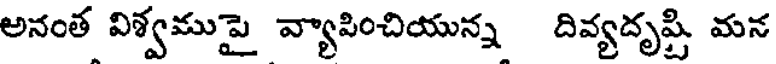
అనంత విశ్వముపై వ్యాపించియున్న దివ్యదృష్టి మన